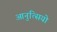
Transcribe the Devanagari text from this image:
आनुंत्सियो